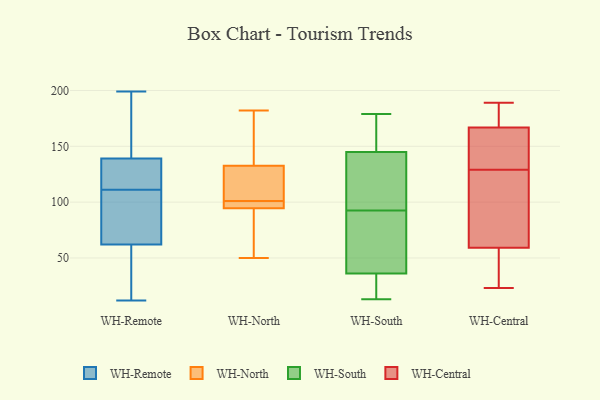
{"axis": {"x": "Net Income (USD K)", "y": "Value"}, "legend": ["WH-Central", "WH-North", "WH-Remote", "WH-South"], "data": [{"x": "", "y": 141, "type": "WH-Remote"}, {"x": "", "y": 199, "type": "WH-Remote"}, {"x": "", "y": 106, "type": "WH-Remote"}, {"x": "", "y": 15, "type": "WH-Remote"}, {"x": "", "y": 160, "type": "WH-Remote"}, {"x": "", "y": 139, "type": "WH-Remote"}, {"x": "", "y": 132, "type": "WH-Remote"}, {"x": "", "y": 32, "type": "WH-Remote"}, {"x": "", "y": 128, "type": "WH-Remote"}, {"x": "", "y": 64, "type": "WH-Remote"}, {"x": "", "y": 12, "type": "WH-Remote"}, {"x": "", "y": 111, "type": "WH-Remote"}, {"x": "", "y": 111, "type": "WH-Remote"}, {"x": "", "y": 62, "type": "WH-Remote"}, {"x": "", "y": 134, "type": "WH-North"}, {"x": "", "y": 50, "type": "WH-North"}, {"x": "", "y": 96, "type": "WH-North"}, {"x": "", "y": 94, "type": "WH-North"}, {"x": "", "y": 113, "type": "WH-North"}, {"x": "", "y": 95, "type": "WH-North"}, {"x": "", "y": 182, "type": "WH-North"}, {"x": "", "y": 131, "type": "WH-North"}, {"x": "", "y": 63, "type": "WH-North"}, {"x": "", "y": 180, "type": "WH-North"}, {"x": "", "y": 99, "type": "WH-North"}, {"x": "", "y": 103, "type": "WH-North"}, {"x": "", "y": 54, "type": "WH-South"}, {"x": "", "y": 27, "type": "WH-South"}, {"x": "", "y": 13, "type": "WH-South"}, {"x": "", "y": 100, "type": "WH-South"}, {"x": "", "y": 145, "type": "WH-South"}, {"x": "", "y": 39, "type": "WH-South"}, {"x": "", "y": 111, "type": "WH-South"}, {"x": "", "y": 157, "type": "WH-South"}, {"x": "", "y": 179, "type": "WH-South"}, {"x": "", "y": 150, "type": "WH-South"}, {"x": "", "y": 142, "type": "WH-South"}, {"x": "", "y": 13, "type": "WH-South"}, {"x": "", "y": 148, "type": "WH-South"}, {"x": "", "y": 36, "type": "WH-South"}, {"x": "", "y": 48, "type": "WH-South"}, {"x": "", "y": 139, "type": "WH-South"}, {"x": "", "y": 33, "type": "WH-South"}, {"x": "", "y": 85, "type": "WH-South"}, {"x": "", "y": 140, "type": "WH-Central"}, {"x": "", "y": 119, "type": "WH-Central"}, {"x": "", "y": 129, "type": "WH-Central"}, {"x": "", "y": 43, "type": "WH-Central"}, {"x": "", "y": 105, "type": "WH-Central"}, {"x": "", "y": 30, "type": "WH-Central"}, {"x": "", "y": 99, "type": "WH-Central"}, {"x": "", "y": 23, "type": "WH-Central"}, {"x": "", "y": 169, "type": "WH-Central"}, {"x": "", "y": 160, "type": "WH-Central"}, {"x": "", "y": 182, "type": "WH-Central"}, {"x": "", "y": 125, "type": "WH-Central"}, {"x": "", "y": 40, "type": "WH-Central"}, {"x": "", "y": 189, "type": "WH-Central"}, {"x": "", "y": 189, "type": "WH-Central"}, {"x": "", "y": 146, "type": "WH-Central"}, {"x": "", "y": 174, "type": "WH-Central"}, {"x": "", "y": 46, "type": "WH-Central"}, {"x": "", "y": 132, "type": "WH-Central"}]}